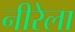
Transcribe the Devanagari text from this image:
नीरेला